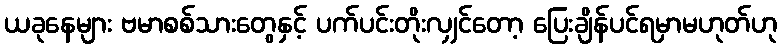
ယခုနေများ ဗမာစစ်သားတွေနှင့် ပက်ပင်းတိုးလျှင်တော့ ပြေးချိန်ပင်ရမှာမဟုတ်ဟု